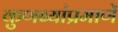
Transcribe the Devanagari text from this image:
कुणब्यांप्रमाणें